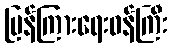
ပြန်ကြားရေးဝန်ကြီး